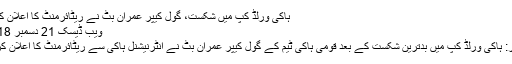
ہاکی ورلڈ کپ میں شکست، گول کیپر عمران بٹ نے ریٹائرمنٹ کا اعلان کردیا
ویب ڈیسک 21 دسمبر 2018
لاہور: ہاکی ورلڈ کپ میں بدترین شکست کے بعد قومی ہاکی ٹیم کے گول کیپر عمران بٹ نے انٹرنیشنل ہاکی سے ریٹائرمنٹ کا اعلان کردیا۔